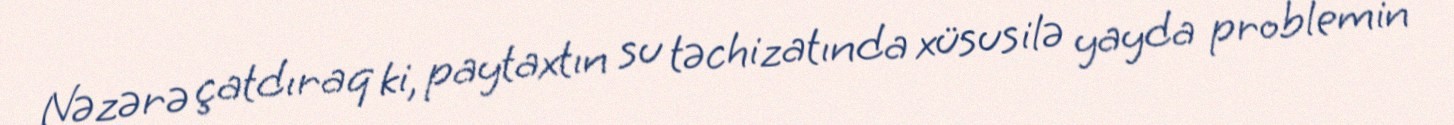
Nəzərə çatdıraq ki, paytaxtın su təchizatında xüsusilə yayda problemin